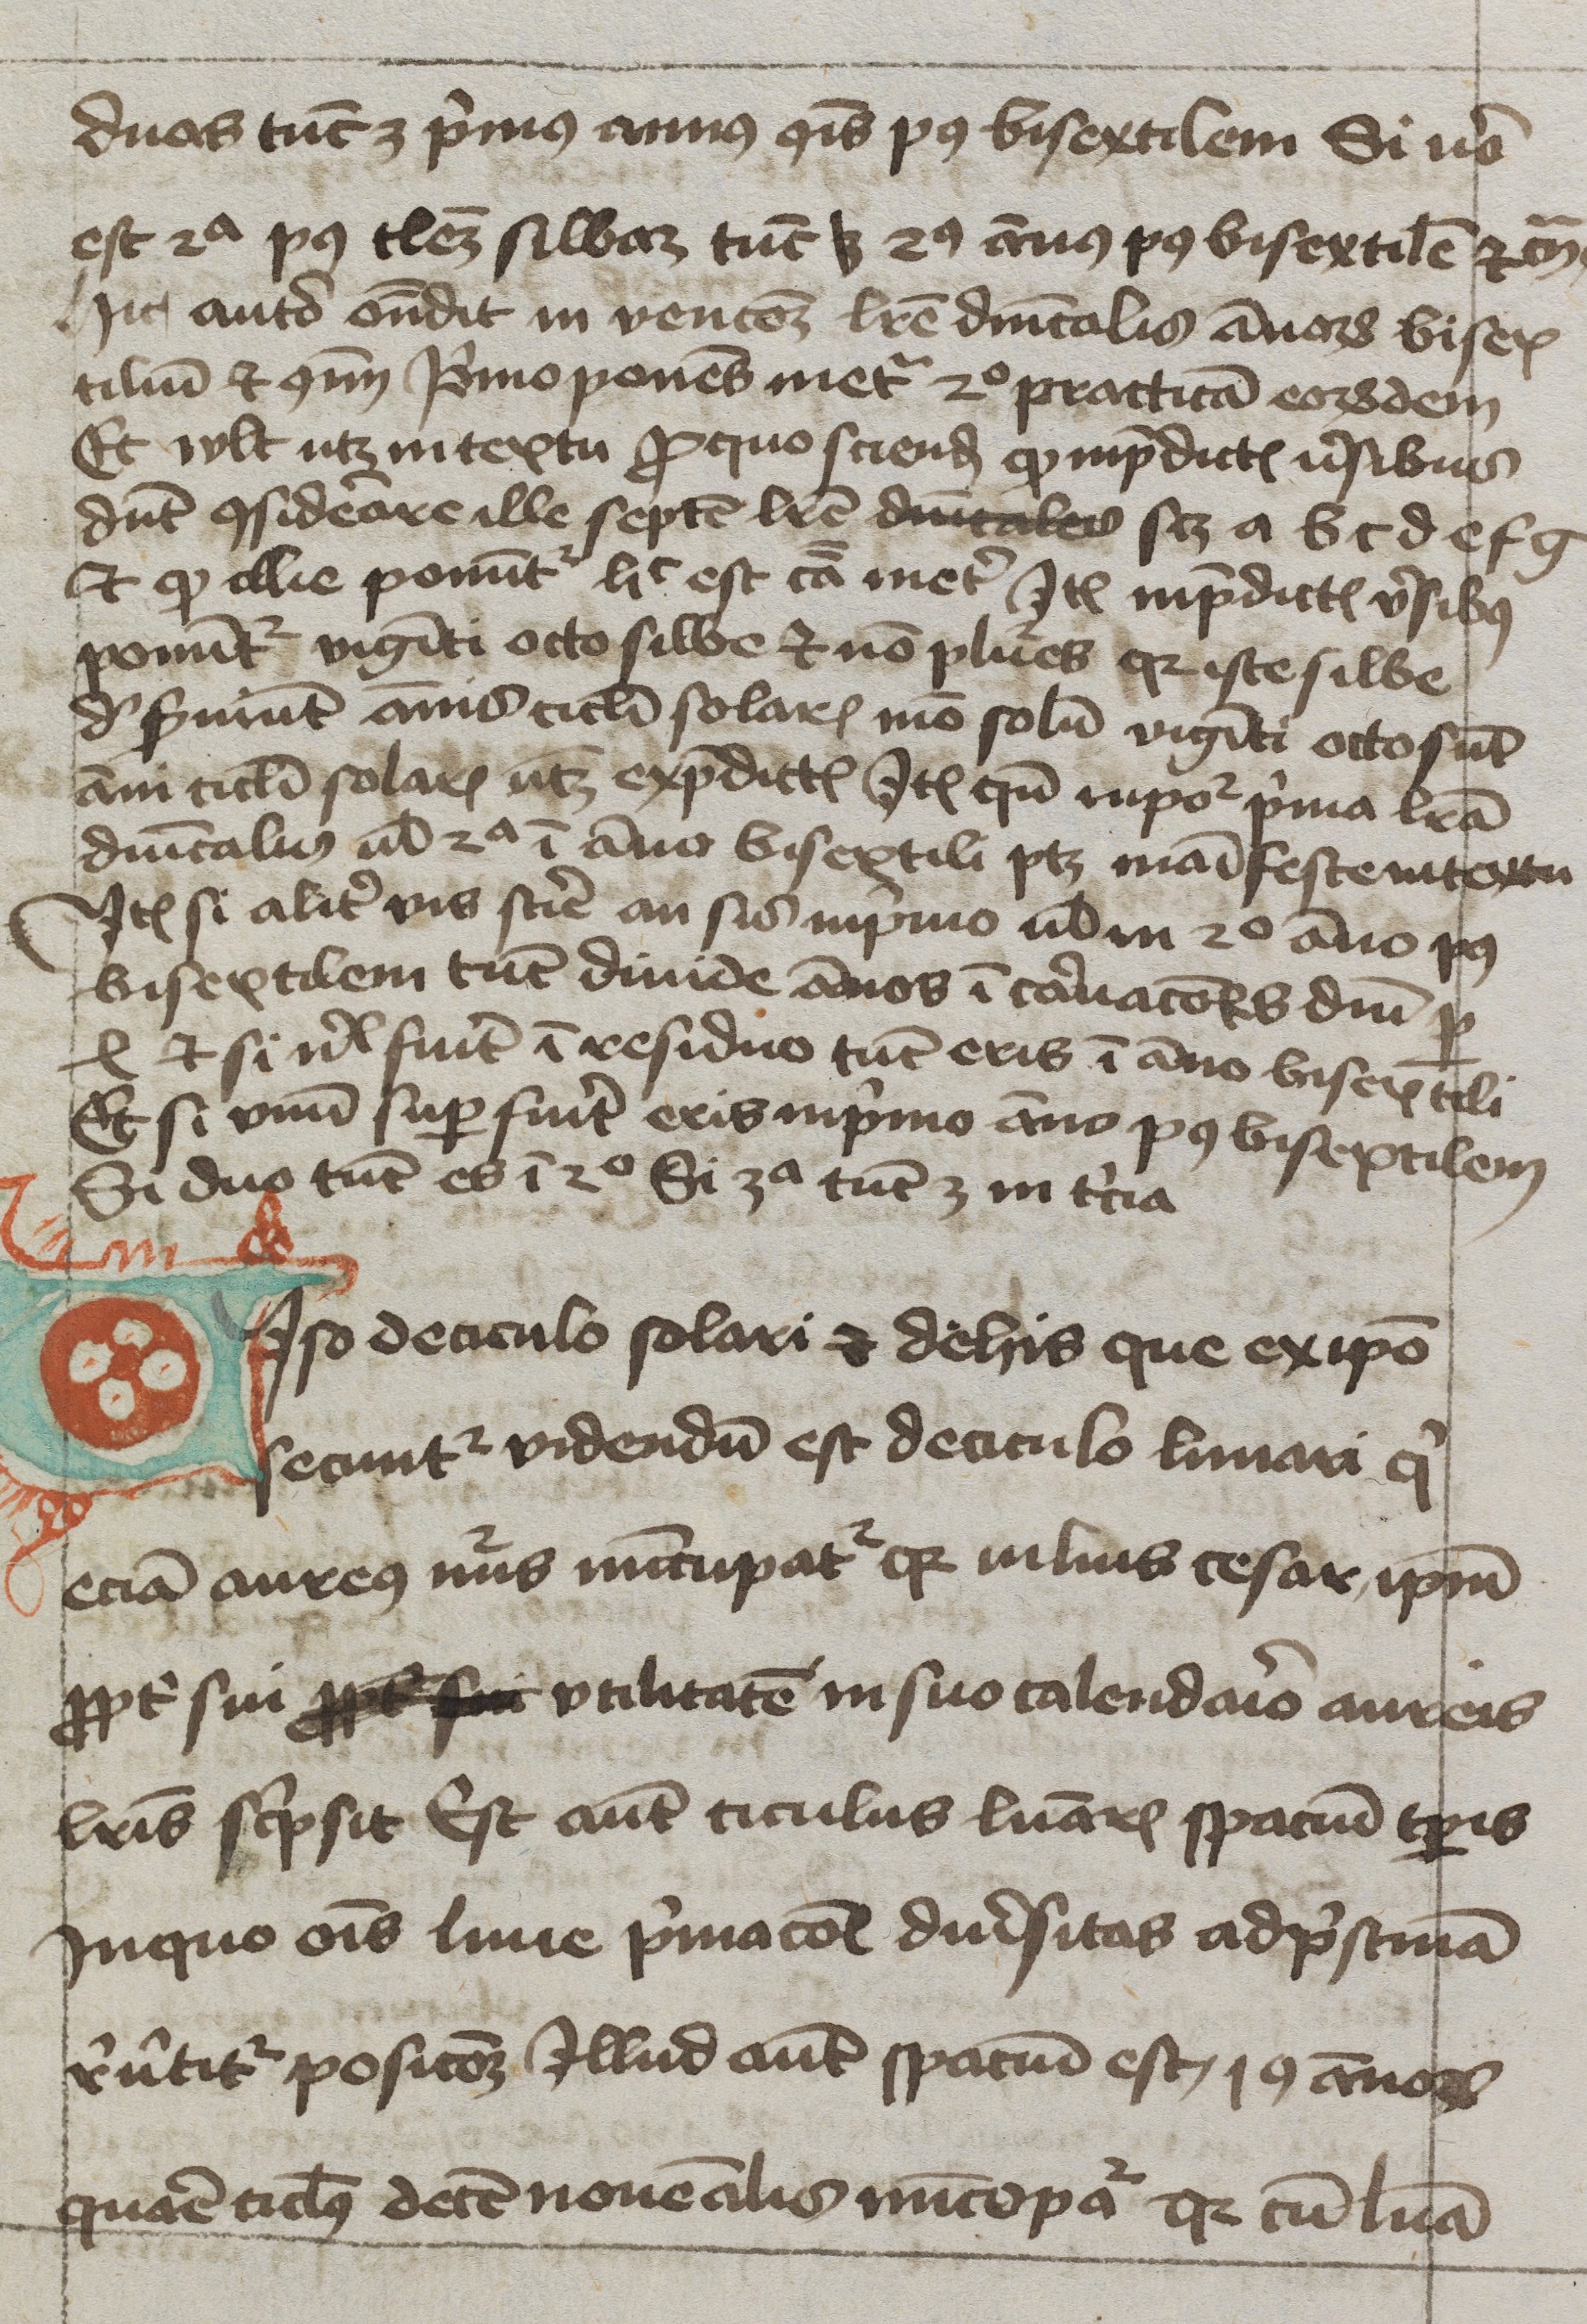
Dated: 1400–1449